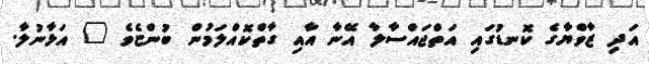
އަދި ޒާވްޔާގެ ކޮނޑުގައި އަތްޖައްސާލާ އޭނާ އާއި ގާތްކޮއްލަމުން ބުންޏެވެ " އަޅާނުލާ.